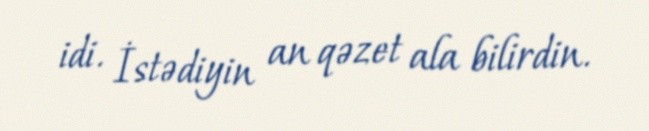
idi. İstədiyin an qəzet ala bilirdin.